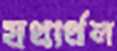
যথার্থল